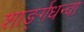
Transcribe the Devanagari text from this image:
शार्ङ्गधन्वा